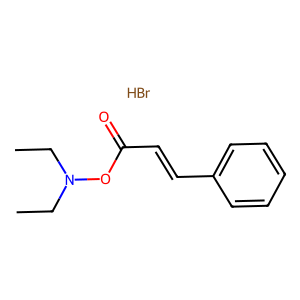
SMILES: Br.CCN(CC)OC(=O)C=Cc1ccccc1
Inhibits HIV replication: No